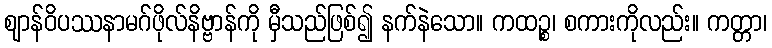
ဈာန်ဝိပဿနာမဂ်ဖိုလ်နိဗ္ဗာန်ကို မှီသည်ဖြစ်၍ နက်နဲသော။ ကထဉ္စ၊ စကားကိုလည်း။ ကတ္တာ၊